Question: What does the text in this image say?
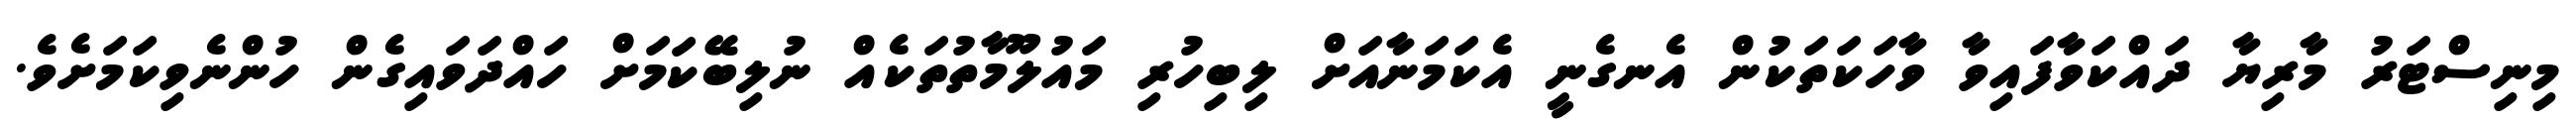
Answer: މިނިސްޓަރު މާރިޔާ ދައްކަވާފައިވާ ވާހަކަތަކުން އެނގެނީ އެކަމަނާއަށް ލިބިހުރި މައުލޫމާތުތަކެއް ނުލިބޭކަމަށް ހައްދަވައިގެން ހުންނެވިކަމަށެވެ.